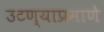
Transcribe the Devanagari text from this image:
उटण्याप्रमाणे